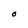
Character: O